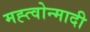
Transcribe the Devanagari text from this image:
मह्त्वोन्मादी